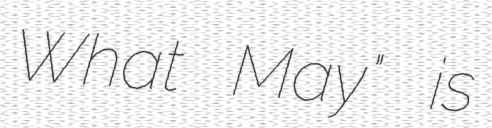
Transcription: What May" is